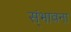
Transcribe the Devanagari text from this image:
स्ंभावना